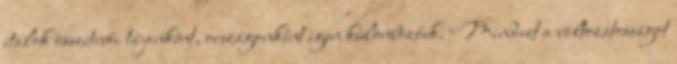
italok összetevői tájanként, országonként igen különbözőek. Mindezt a változatosságot